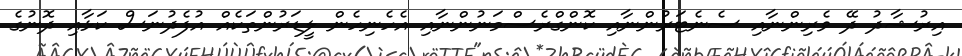
އިރުޝާދު ދޭ ވެރިންނާއި ސެނެޓަރުންނާއި ކޮންގްރެސްމަނުންނާއި އެހެނިހެން ލީޑަރުންތަކެއް އުފެދުނަސް ކަޅާއި ދޮނުގެ